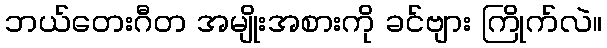
ဘယ်တေးဂီတ အမျိုးအစားကို ခင်ဗျား ကြိုက်လဲ။